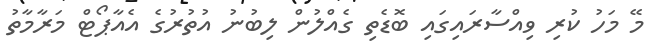
މޭ މަހު ކުރި ވިއްސާރައިގައި ބޮޑެތި ގެއްލުން ލިބުނު އުތުރުގެ އެއާޕޯޓް މަރާމާތު